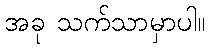
အခု သက်သာမှာပါ။